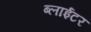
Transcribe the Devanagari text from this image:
ब्लाईटर